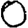
Digit: 0